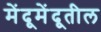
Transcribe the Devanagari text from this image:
मेंदूमेंदूतील